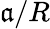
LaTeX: \mathfrak{a}/R